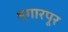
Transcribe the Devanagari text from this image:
शृगारपूर